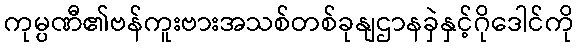
ကုမ္ပဏီ၏ဗန်ကူးဗားအသစ်တစ်ခုနျဌာနခှဲနှင့်ဂိုဒေါင်ကို